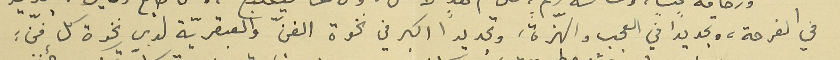
في الفرحة، وتجديداً في العجب والهزّة، وتجديداً اكبر في نخوة الفنّ والعبقريّة لدى نخوة كل فنّ :